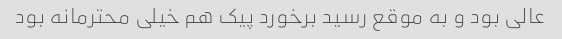
عالی بود و به موقع رسید برخورد پیک هم خیلی محترمانه بود